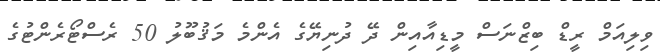
ވިލިއަމް ރީޑް ބިޒްނަސް މީޑިއާއިން ދޭ ދުނިޔޭގެ އެންމެ މަޤުބޫލު 50 ރެސްޓޯރެންޓުގެ